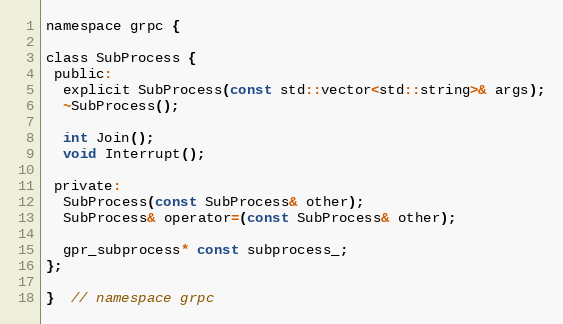
Language: C
namespace grpc {

class SubProcess {
 public:
  explicit SubProcess(const std::vector<std::string>& args);
  ~SubProcess();

  int Join();
  void Interrupt();

 private:
  SubProcess(const SubProcess& other);
  SubProcess& operator=(const SubProcess& other);

  gpr_subprocess* const subprocess_;
};

}  // namespace grpc